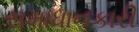
સમાધાનકારી